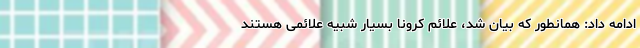
ادامه داد: همانطور که بیان شد، علائم کرونا بسیار شبیه علائمی هستند